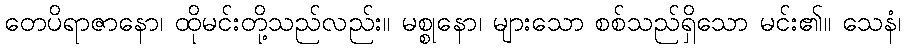
တေပိရာဇာနော၊ ထိုမင်းတို့သည်လည်း။ မစ္စုနော၊ များသော စစ်သည်ရှိသော မင်း၏။ သေနံ၊